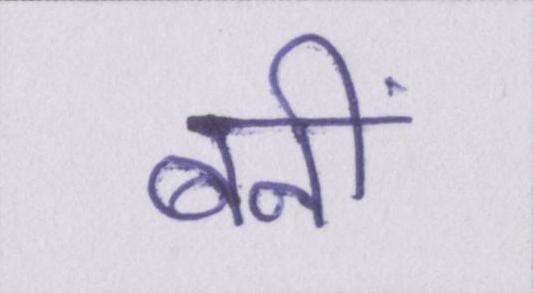
बनीं